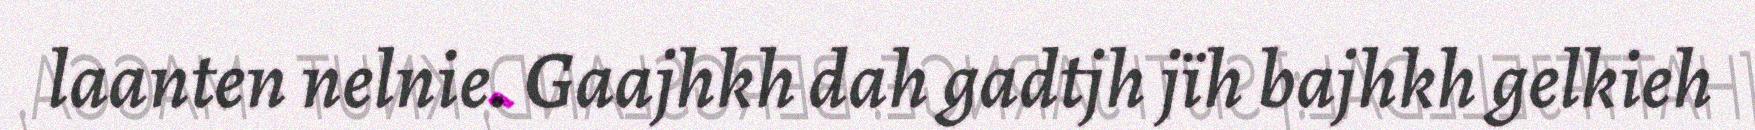
laanten nelnie. Gaajhkh dah gadtjh jïh bajhkh gelkieh